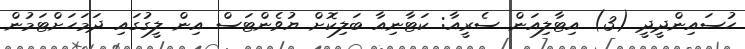
ޙުސައިންދީދީ (3) އިޓާލިއަން ސެރީއާ: ކަޓާނިއާ ބަލިކޮށް ޔުވެންޓަސް އިން ލީގުގައި ދަމަހަށްޓަމުން